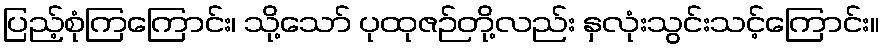
ပြည့်စုံကြကြောင်း၊ သို့သော် ပုထုဇဉ်တို့လည်း နှလုံးသွင်းသင့်ကြောင်း။